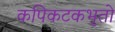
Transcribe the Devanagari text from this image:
कपिकटकभृतो